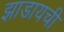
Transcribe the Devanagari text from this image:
झाडायची